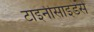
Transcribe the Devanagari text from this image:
टाइनीसाइडर्स